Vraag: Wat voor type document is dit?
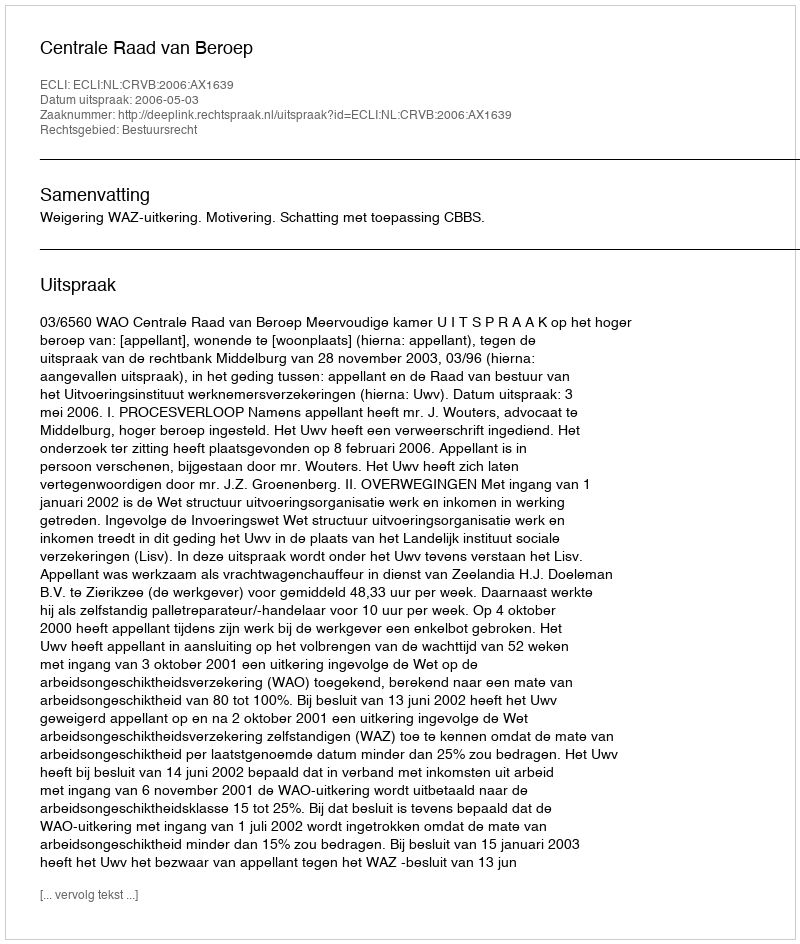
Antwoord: Uitspraak